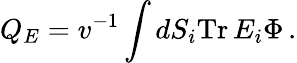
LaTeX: Q_{E}=v^{-1}\int dS_{i}\mathrm{Tr}\, E_{i}\Phi\, .